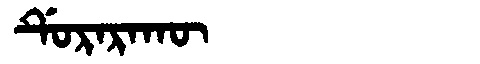
Manchu: ᡩᡠᡵᠠᡵᠠᡴᡡ
Romanization: DURARAKŪ